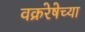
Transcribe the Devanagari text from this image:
वक्ररेषेच्या